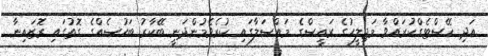
އަދި ހޭސްޓެގްކުރައްވާ މަޖިލީހުގެ ރައީސްގެ މައްސަލާގައި ކުރެވެމުންދަނީ ބޭކާރު ބަހުސެއްގެ ގޮތުގައި ރޮޒައިނާ